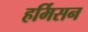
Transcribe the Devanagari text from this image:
हर्मिसन